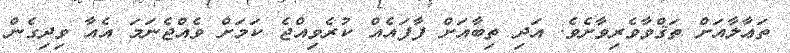
ތަޢާލާއަށް ތަޤްވާވެރިވާށެވެ. އަދި ތިބާއަށް ފާފައެއް ކުރެވިއްޖެ ކަމަށް ވެއްޖެނަމަ އެއާ ވިދިގެން